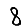
Digit: 8